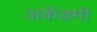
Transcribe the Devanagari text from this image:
अकॅडमी